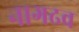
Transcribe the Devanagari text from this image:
नागढव